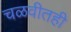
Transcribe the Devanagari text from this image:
चळवीतही